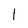
Character: 1